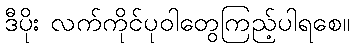
ဒီပိုး လက်ကိုင်ပုဝါတွေကြည့်ပါရစေ။